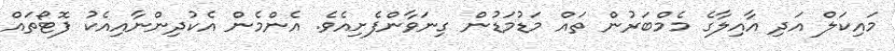
މައިކަލް އަދި އާއިލާގެ މެމްބަރުން ތައް މަޑުމަޑުން ގިނަވާންފެށިއެވެ. އެންމެން އެކުދިންނާއިއެކު ފޮޓޯތައް